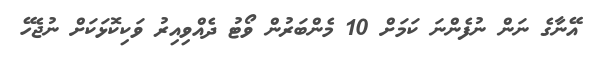
އޭނާގެ ނަން ނުފެންނަ ކަމަށް 10 މެންބަރުން ވޯޓު ދެއްވިއިރު ވަކިކޮޅަކަށް ނުޖެހޭ